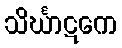
သိင်္ဃာဋကေ